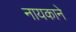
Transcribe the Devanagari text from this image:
नायकाने